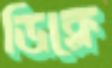
ডিক্লে